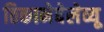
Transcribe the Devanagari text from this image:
ठिकानेबेलेव्यू